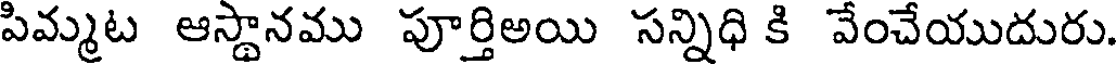
పిమ్మట ఆస్థానము పూర్తిఅయి సన్నిధి కి వేంచేయుదురు.